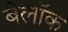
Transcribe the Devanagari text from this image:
बेलॉक